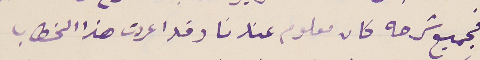
فجميع شرحه كان معلوم عندنا وقد اعددت هذا الخطاب